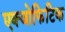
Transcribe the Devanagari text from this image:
एक्जोफिटिक